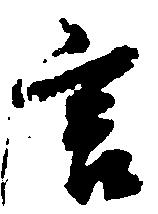
言